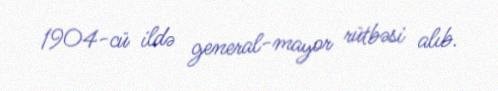
1904-cü ildə general-mayor rütbəsi alıb.